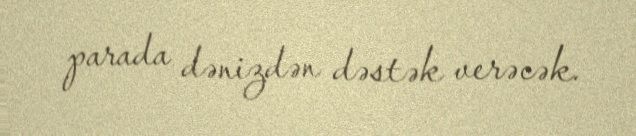
parada dənizdən dəstək verəcək.